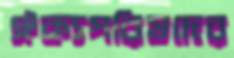
ঐক্যপরিষদের